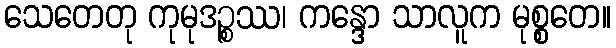
သေတေတု ကုမုဒဉ္စဿ၊ ကန္ဒော သာလူက မုစ္စတေ။